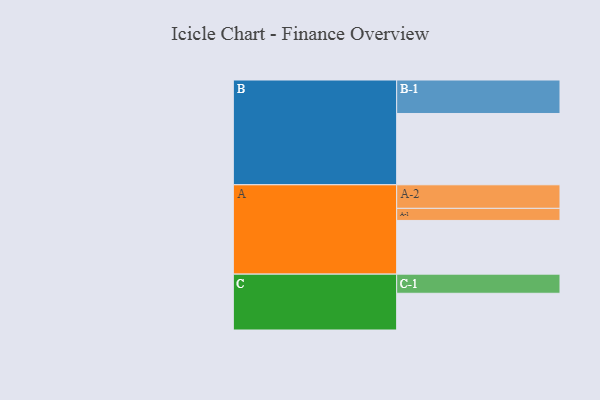
{"axis": {"x": "Segment", "y": "Value"}, "legend": ["", "A", "B", "C"], "data": [{"x": "A", "y": 449, "type": ""}, {"x": "B", "y": 596, "type": ""}, {"x": "C", "y": 307, "type": ""}, {"x": "A-1", "y": 101, "type": "A"}, {"x": "A-2", "y": 197, "type": "A"}, {"x": "B-1", "y": 280, "type": "B"}, {"x": "C-1", "y": 160, "type": "C"}]}